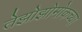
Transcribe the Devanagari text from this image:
तेझोझोमोकच्या